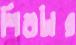
শিশুটার